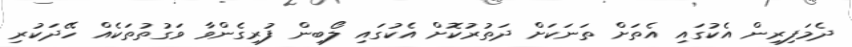
ދެމަފިރިން އެކުގައި އެތަށް ތަނަކަށް ދަތުރުކޮށް އެކުގައި ލޯބިން ފުރިގެންވާ ވަގުތުތަކެއް ހޭދަކުރި